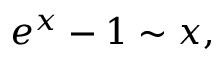
e ^ { x } - 1 \sim x ,